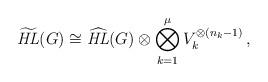
LaTeX: \begin{align*}\widetilde{\mathit{HL}}(G) \cong \widehat{\mathit{HL}}(G) \otimes \bigotimes\limits_{k=1}^{\mu} V_k^{\otimes(n_k-1)}\,,\end{align*}